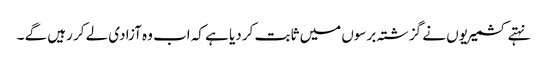
نہتے کشمیریوں نے گزشتہ برسوں میں ثابت کر دیا ہے کہ اب وہ آزادی لے کر رہیں گے ۔